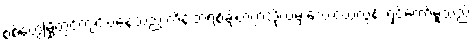
စစ်တွေမြို့တွင်ကျင်းပနေသည့် ကိန်းဘရစ်ချ်တက္ကသိုလ်မှ သေးငယ်လွန်း ရှင်တော်မူသည်